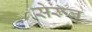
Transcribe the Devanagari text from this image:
सेरूल